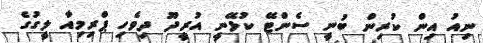
ނިއު އިން ކުރިން ބުނީ ސެންޓޭ ކުޅޭނީ އުރީދޫ ދިވެހި ޕްރިމިއާ ލީގުގެ